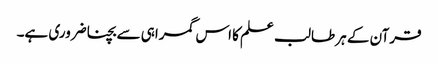
قرآن کے ہر طالب علم کا اس گمراہی سے بچنا ضروری ہے۔